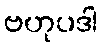
ဗဟုပဒါ